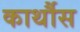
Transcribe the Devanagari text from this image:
कार्थौस